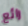
رائع